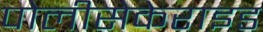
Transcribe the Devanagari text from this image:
पोलीसेकेराइड